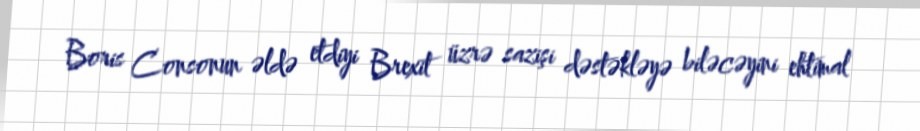
Boris Consonun əldə etdiyi Brexit üzrə sazişi dəstəkləyə biləcəyini ehtimal